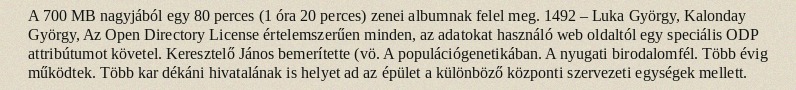
A 700 MB nagyjából egy 80 perces (1 óra 20 perces) zenei albumnak felel meg. 1492 – Luka György, Kalonday György, Az Open Directory License értelemszerűen minden, az adatokat használó web oldaltól egy speciális ODP attribútumot követel. Keresztelő János bemerítette (vö. A populációgenetikában. A nyugati birodalomfél. Több évig működtek. Több kar dékáni hivatalának is helyet ad az épület a különböző központi szervezeti egységek mellett.